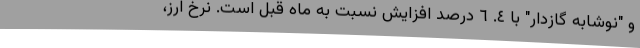
و "نوشابه گازدار" با ٤. ٦ درصد افزایش نسبت به ماه قبل است. نرخ ارز،